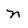
Character: n